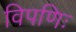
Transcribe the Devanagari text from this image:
विपणिः